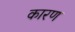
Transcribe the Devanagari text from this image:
कारण